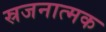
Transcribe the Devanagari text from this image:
स्रजनात्मक